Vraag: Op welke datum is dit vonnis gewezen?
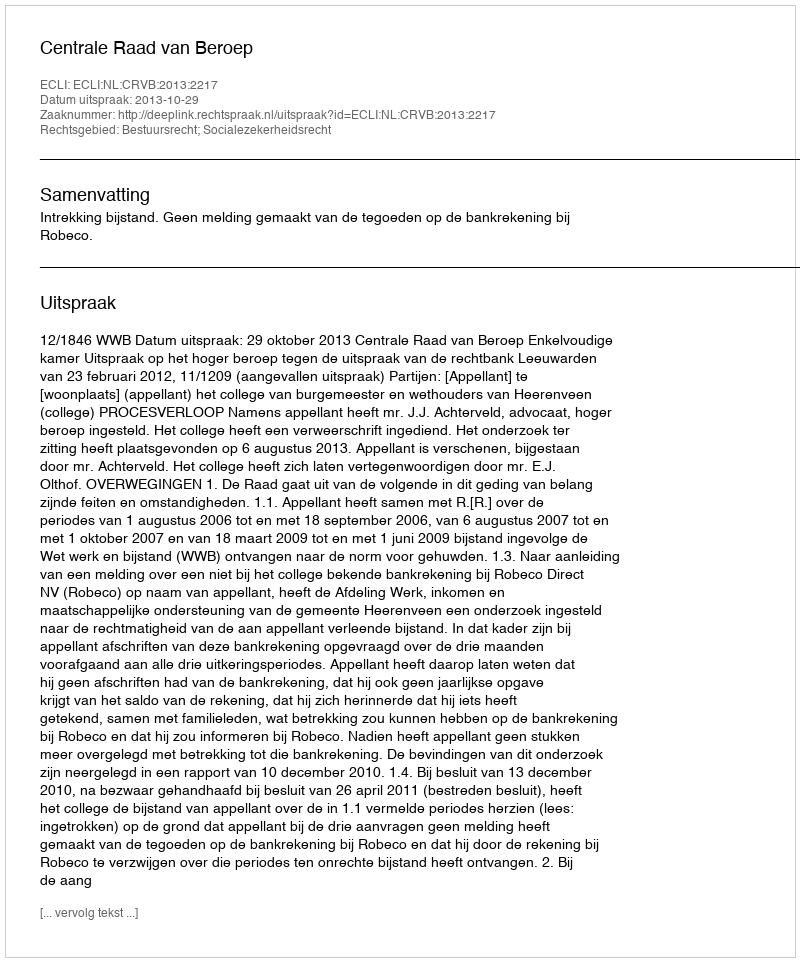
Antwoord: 2013-10-29